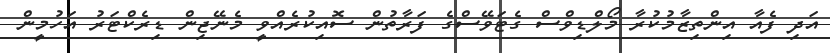
އަދި ފެއާ އިންތިޒާމުކުރާ މޯލްޑިވްސް ގެޓަވޭސްގެ ފަރާތުން ސޮއިކުރެއްވީ މެނޭޖިން ޑިރެކްޓަރު އަހުމީން